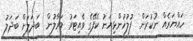
ހައްޔަރެއް ނުކުރަން  ފުލުހުންޅިޔަނު ކެފޭގެ ވެއިޓަރު މަރާލުން  ބަދަލަށް ބަދަލު